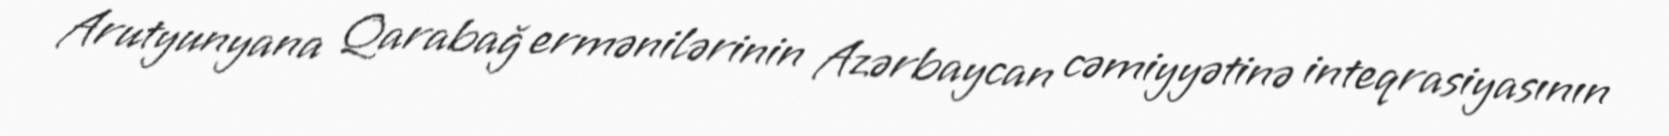
Arutyunyana Qarabağ ermənilərinin Azərbaycan cəmiyyətinə inteqrasiyasının